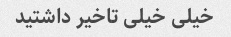
خیلی خیلی تاخیر داشتید